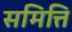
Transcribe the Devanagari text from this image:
समित्ति